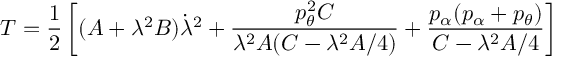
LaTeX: T = \frac { 1 } { 2 } \left[ ( A + \lambda ^ { 2 } B ) \dot { \lambda } ^ { 2 } + \frac { p _ { \theta } ^ { 2 } C } { \lambda ^ { 2 } A ( C - \lambda ^ { 2 } A / 4 ) } + \frac { p _ { \alpha } ( p _ { \alpha } + p _ { \theta } ) } { C - \lambda ^ { 2 } A / 4 } \right]